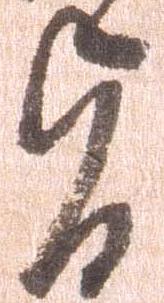
旨